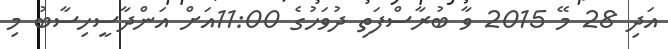
އަދި 28 މޭ 2015 ވާ ބުރާސްފަތި ދުވަހުގެ 11:00އަށް އަންދާސީހިސާބު މި